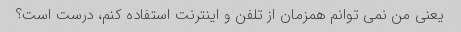
یعنی من نمی توانم همزمان از تلفن و اینترنت استفاده کنم، درست است؟